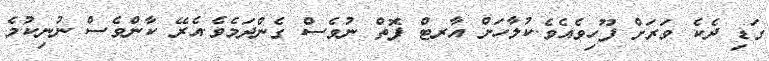
ގަޑި ދެކެ ވަރަށް ފޫހިވެއެވެ.ކުލާހަށް އާރޓް ފޮތް ނުވެސް ގެންދަމެވެ.އެރޭ ކާންވެސް ނުނިކުމެ